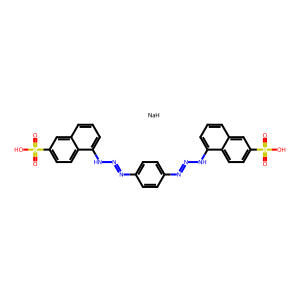
SMILES: O=S(=O)(O)c1ccc2c(NN=Nc3ccc(N=NNc4cccc5cc(S(=O)(=O)O)ccc45)cc3)cccc2c1.[NaH]
Inhibits HIV replication: No